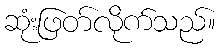
ဆုံးဖြတ်လိုက်သည်။